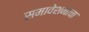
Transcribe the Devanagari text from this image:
समावेशनाचा